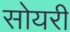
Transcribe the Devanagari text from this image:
सोयरी